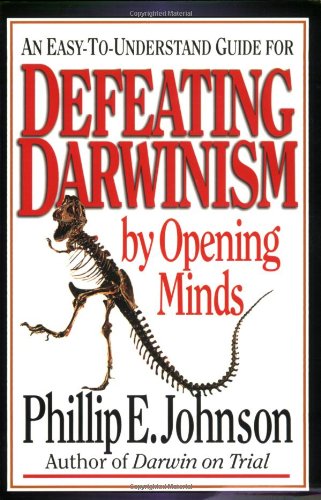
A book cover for An Easy-to-Understand Guide for Defeating Darwinism by Opening Minds; Phillip E. Johnson; Science & Math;